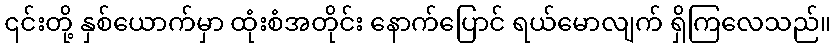
၎င်းတို့ နှစ်ယောက်မှာ ထုံးစံအတိုင်း နောက်ပြောင် ရယ်မောလျက် ရှိကြလေသည်။